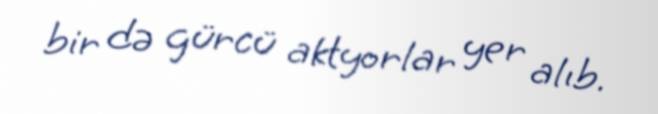
bir də gürcü aktyorlar yer alıb.